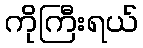
ကိုကြီးရယ်